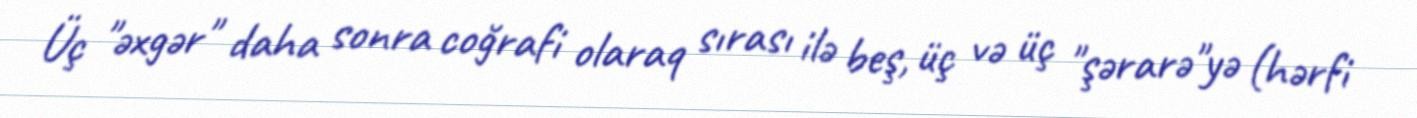
Üç "əxgər" daha sonra coğrafi olaraq sırası ilə beş, üç və üç "şərarə"yə (hərfi